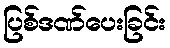
ပြစ်ဒဏ်ပေးခြင်း